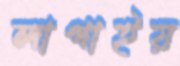
লাগাইয়